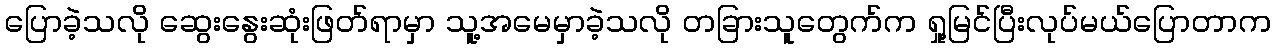
ပြောခဲ့သလို ဆွေးနွေးဆုံးဖြတ်ရာမှာ သူ့အမေမှာခဲ့သလို တခြားသူတွေက်က ရှု့မြင်ပြီးလုပ်မယ်ပြောတာက